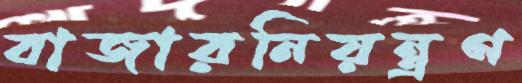
বাজারনিয়ন্ত্রণ